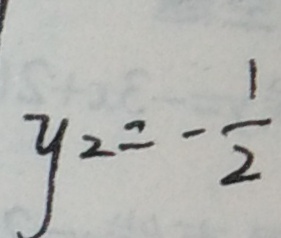
y _ { 2 } = - \frac { 1 } { 2 }